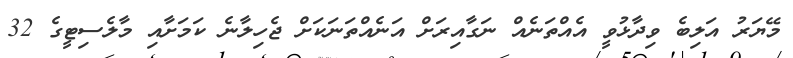
މޭޔަރު އަލިބެ ވިދާޅުވީ އެއްތަނެއް ނަގާއިރަށް އަނެއްތަނަކަށް ޖެހިލާނެ ކަމަށާއި މާލެސިޓީގެ 32